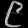
Digit: ၉